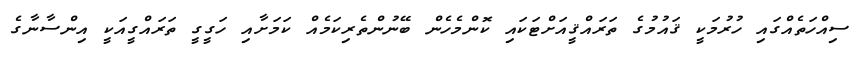
ސިއްހަަތެއްގައި ހުރުމަކީ ޤައުމުގެ ތަރައްޤީއަށްޓަކައި ކޮންމެހެން ބޭނުންތެރިކަމެއް ކަމަށާއި ހަަގީގީ ތަރައްގީއަކީ އިންސާނާގެ